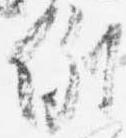
例